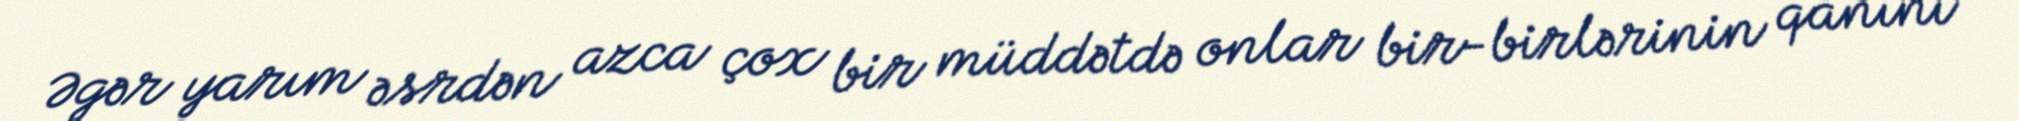
Əgər yarım əsrdən azca çox bir müddətdə onlar bir-birlərinin qanını